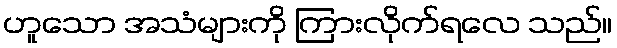
ဟူသော အသံများကို ကြားလိုက်ရလေ သည်။